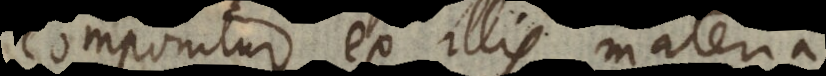
componitur ex illis materia,